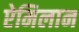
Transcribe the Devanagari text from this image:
ऐमिलान